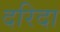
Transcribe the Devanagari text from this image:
दरिदा